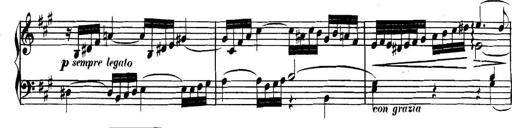
Title: Collected Piano Sonatas
Composer: Muzio Clementi